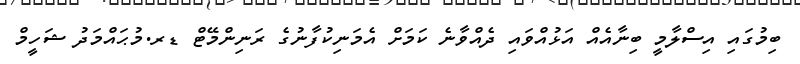
ބިމުގައި އިސްލާމީ ބިނާއެއް އަޅުއްވައި ދެއްވާނެ ކަމަށް އެމަނިކުފާނުގެ ރަނިންމޭޓް ޑރ.މުޙައްމަދު ޝަހީމް